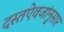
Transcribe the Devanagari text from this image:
दस्तऐवजांनुसार